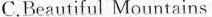
C.Beautiful Mountains